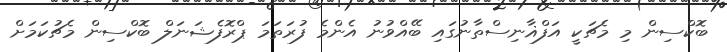
ބޮކްސިން މި މެޗަކީ އަފްޣާނިސްތާނުގައި ބޭއްވުނު އެންމެ ފުރަތަމަ ޕްރޮފެޝަނަލް ބޮކްސިން މެޗުކަމަށް